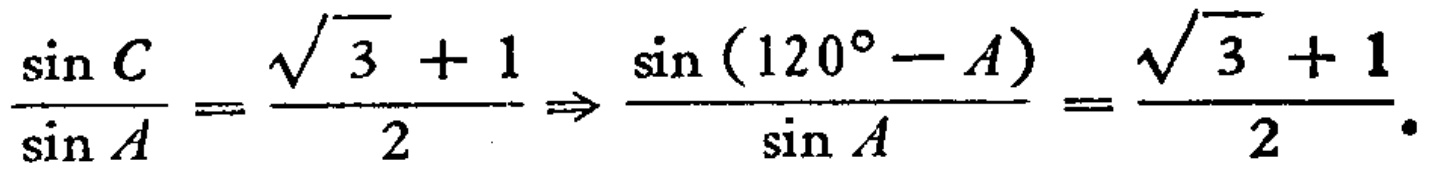
\(\frac{\sin C}{\sin A}=\frac{\sqrt{3}+1}{2}\Rightarrow\frac{\sin(120^{\circ}-A)}{\sin A}=\frac{\sqrt{3}+1}{2}\)